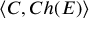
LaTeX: \langle C , C h ( E ) \rangle